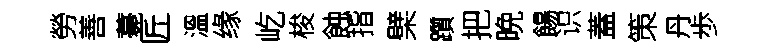
勞善薧匠溫缘屹梭蝕指檗躓把晩餳识蓋策丹歩